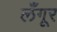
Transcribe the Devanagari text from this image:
लँगूर